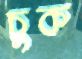
চুক